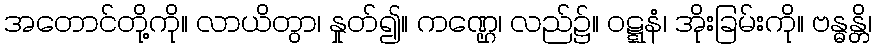
အတောင်တို့ကို။ လာယိတွာ၊ နှုတ်၍။ ကဏ္ဌေ၊ လည်၌။ ဝဋ္ဋနံ၊ အိုးခြမ်းကို။ ဗန္ဓန္တိ၊